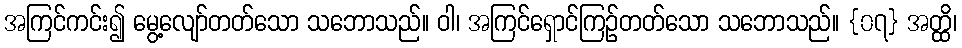
အကြင်ကင်း၍ မွေ့လျော်တတ်သော သဘောသည်။ ဝါ၊ အကြင်ရှောင်ကြဉ်တတ်သော သဘောသည်။ {၀၇} အတ္ထိ၊